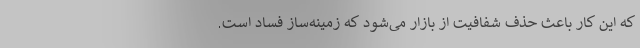
که این کار باعث حذف شفافیت از بازار می‌شود که زمینه‌ساز فساد است.